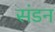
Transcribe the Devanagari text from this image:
संडन